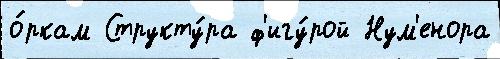
о́ркам Структу́ра ф'игу́рой Нум'енора